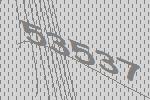
53537